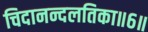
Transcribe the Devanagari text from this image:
चिदानन्दलतिका॥६॥